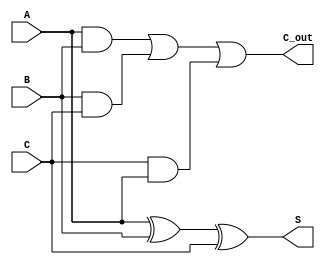
module CSA_3input #(parameter WIDTH = 8) (
    input  [WIDTH-1:0] A,
    input  [WIDTH-1:0] B,
    input  [WIDTH-1:0] C,
    output [WIDTH-1:0] S,
    output [WIDTH-1:0] C_out
);
    // Carry Save Logic
    assign S = A ^ B ^ C; // Sum output
    assign C_out = (A & B) | (B & C) | (C & A); // Carry output
endmodule